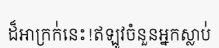
ដ៏អាក្រក់់នេះ!ឥឡូវចំនួនអ្នកស្លាប់់